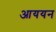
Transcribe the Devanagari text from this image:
आययन